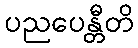
ပညပေန္တီတိ